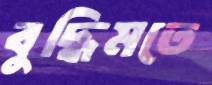
বুদ্ধিমতে